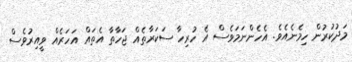
މަދުކުރުން ހިމެނެއެވެ. އެހެންނަމަވެސް އެ ހުރިހާ ސަކަރާތެއް ޖަހާތާ އެތައް އަހަރެއް ވީއިރުވެސް